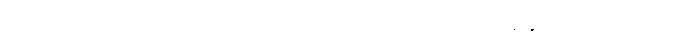
လက်နက်ကြီးများဖြင့် ပစ်ခတ်တိုက်ခိုက်မှုတွေ ဆက်လက်လုပ်ဆောင်နေခဲ့ပါတယ်။